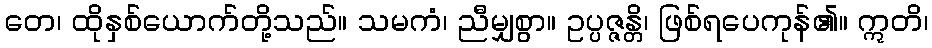
တေ၊ ထိုနှစ်ယောက်တို့သည်။ သမကံ၊ ညီမျှစွာ။ ဥပ္ပဇ္ဇန္တိ၊ ဖြစ်ရပေကုန်၏။ ဣတိ၊